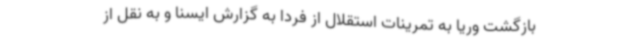
بازگشت وریا به تمرینات استقلال از فردا به گزارش ایسنا و به نقل از